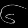
Digit: ၆